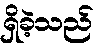
ရှိခဲ့သည်